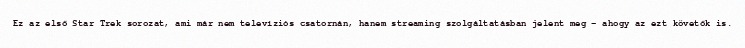
Ez az első Star Trek sorozat, ami már nem televíziós csatornán, hanem streaming szolgáltatásban jelent meg – ahogy az ezt követők is.